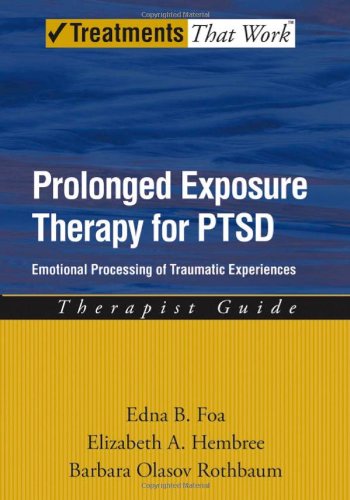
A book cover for Prolonged Exposure Therapy for PTSD: Emotional Processing of Traumatic Experiences (Treatments That Work); Edna Foa; Medical Books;